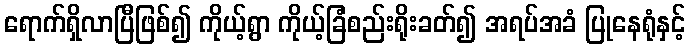
ရောက်ရှိလာပြီဖြစ်၍ ကိုယ့်ရွာ ကိုယ့်ခြံစည်းရိုးခတ်၍ အရပ်အခံ ပြုနေရုံနှင့်